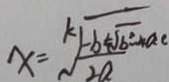
x = \sqrt [ k ] { \frac { - b + \sqrt { b ^ { 2 } - 4 a c } } { 2 a } }